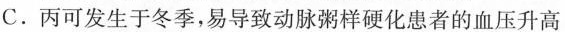
C.丙可发生于冬季，易导致动脉粥样硬化患者的血压升高